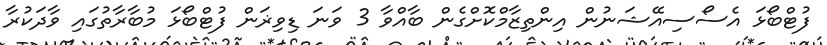
ފުޓްބޯޅަ އެސޯސިއޭޝަނުން އިންތިޒާމްކޮށްގެން ބާއްވާ 3 ވަނަ ޑިވިޜަން ފުޓްބޯޅަ މުބާރާތުގައި ވާދަކުރާ